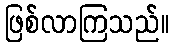
ဖြစ်လာကြသည်။